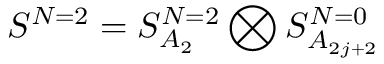
S ^ { N = 2 } = S _ { A _ { 2 } } ^ { N = 2 } \bigotimes S _ { A _ { 2 j + 2 } } ^ { N = 0 }